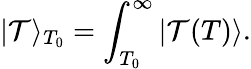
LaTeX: |\mathcal{T}\rangle_{T_{0}}=\int_{T_{0}}^{\infty}|\mathcal{T}(T)\rangle.